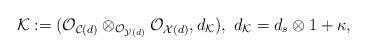
LaTeX: \begin{align*}\mathcal{K}:=(\mathcal{O}_{\mathcal{C}(d)} \otimes_{\mathcal{O}_{\mathcal{Y}(d)}}\mathcal{O}_{\mathcal{X}(d)}, d_{\mathcal{K}}), \ d_{\mathcal{K}}=d_{s} \otimes 1 + \kappa,\end{align*}